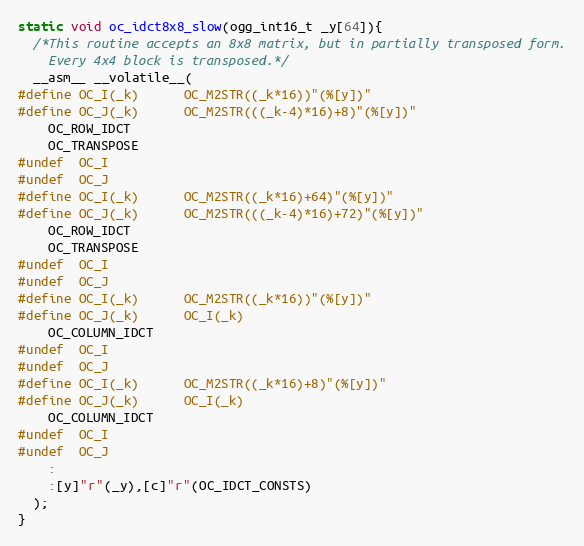
Language: C
static void oc_idct8x8_slow(ogg_int16_t _y[64]){
  /*This routine accepts an 8x8 matrix, but in partially transposed form.
    Every 4x4 block is transposed.*/
  __asm__ __volatile__(
#define OC_I(_k)      OC_M2STR((_k*16))"(%[y])"
#define OC_J(_k)      OC_M2STR(((_k-4)*16)+8)"(%[y])"
    OC_ROW_IDCT
    OC_TRANSPOSE
#undef  OC_I
#undef  OC_J
#define OC_I(_k)      OC_M2STR((_k*16)+64)"(%[y])"
#define OC_J(_k)      OC_M2STR(((_k-4)*16)+72)"(%[y])"
    OC_ROW_IDCT
    OC_TRANSPOSE
#undef  OC_I
#undef  OC_J
#define OC_I(_k)      OC_M2STR((_k*16))"(%[y])"
#define OC_J(_k)      OC_I(_k)
    OC_COLUMN_IDCT
#undef  OC_I
#undef  OC_J
#define OC_I(_k)      OC_M2STR((_k*16)+8)"(%[y])"
#define OC_J(_k)      OC_I(_k)
    OC_COLUMN_IDCT
#undef  OC_I
#undef  OC_J
    :
    :[y]"r"(_y),[c]"r"(OC_IDCT_CONSTS)
  );
}